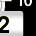
Digit: 2